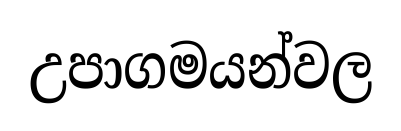
උපාගමයන්වල